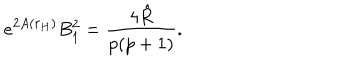
LaTeX: e ^ { 2 A ( r _ { H } ) } B _ { 1 } ^ { 2 } = \frac { 4 \hat { R } } { p ( p + 1 ) } .